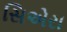
સિએરા